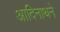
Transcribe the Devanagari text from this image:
आदिनाथने